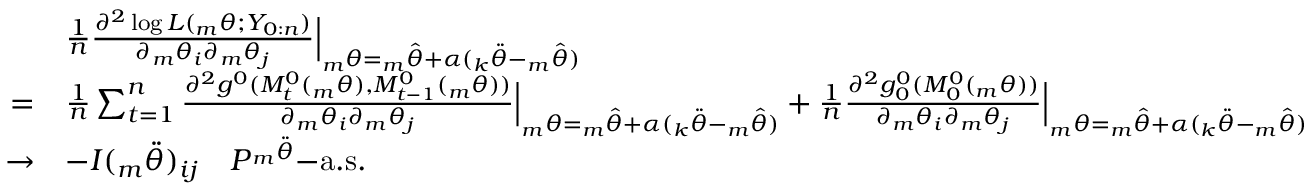
\begin{array} { r l } & { \frac { 1 } { n } \frac { \partial ^ { 2 } \log L ( { _ m \theta } ; Y _ { 0 : n } ) } { \partial { _ m \theta _ { i } } \partial { _ m \theta _ { j } } } { \Big | } _ { { _ m \theta } = { _ m \hat { \theta } } + \alpha ( { _ k \ddot { \theta } } - { _ m \hat { \theta } } ) } } \\ { = } & { \frac { 1 } { n } \sum _ { t = 1 } ^ { n } \frac { \partial ^ { 2 } g ^ { 0 } ( M _ { t } ^ { 0 } ( { _ m \theta } ) , M _ { t - 1 } ^ { 0 } ( { _ m \theta } ) ) } { \partial { _ m \theta _ { i } } \partial { _ m \theta _ { j } } } { \Big | } _ { { _ m \theta } = { _ m \hat { \theta } } + \alpha ( { _ k \ddot { \theta } } - { _ m \hat { \theta } } ) } + \frac { 1 } { n } \frac { \partial ^ { 2 } g _ { 0 } ^ { 0 } ( M _ { 0 } ^ { 0 } ( { _ m \theta } ) ) } { \partial { _ m \theta _ { i } } \partial { _ m \theta _ { j } } } { \Big | } _ { { _ m \theta } = { _ m \hat { \theta } } + \alpha ( { _ k \ddot { \theta } } - { _ m \hat { \theta } } ) } } \\ { \rightarrow } & { - I ( { _ m \ddot { \theta } } ) _ { i j } ~ ~ ~ P ^ { _ m \ddot { \theta } } \mathrm { - a . s . } } \end{array}